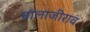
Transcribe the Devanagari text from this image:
बालाजीराव